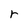
Character: r